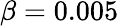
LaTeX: \beta=0.005